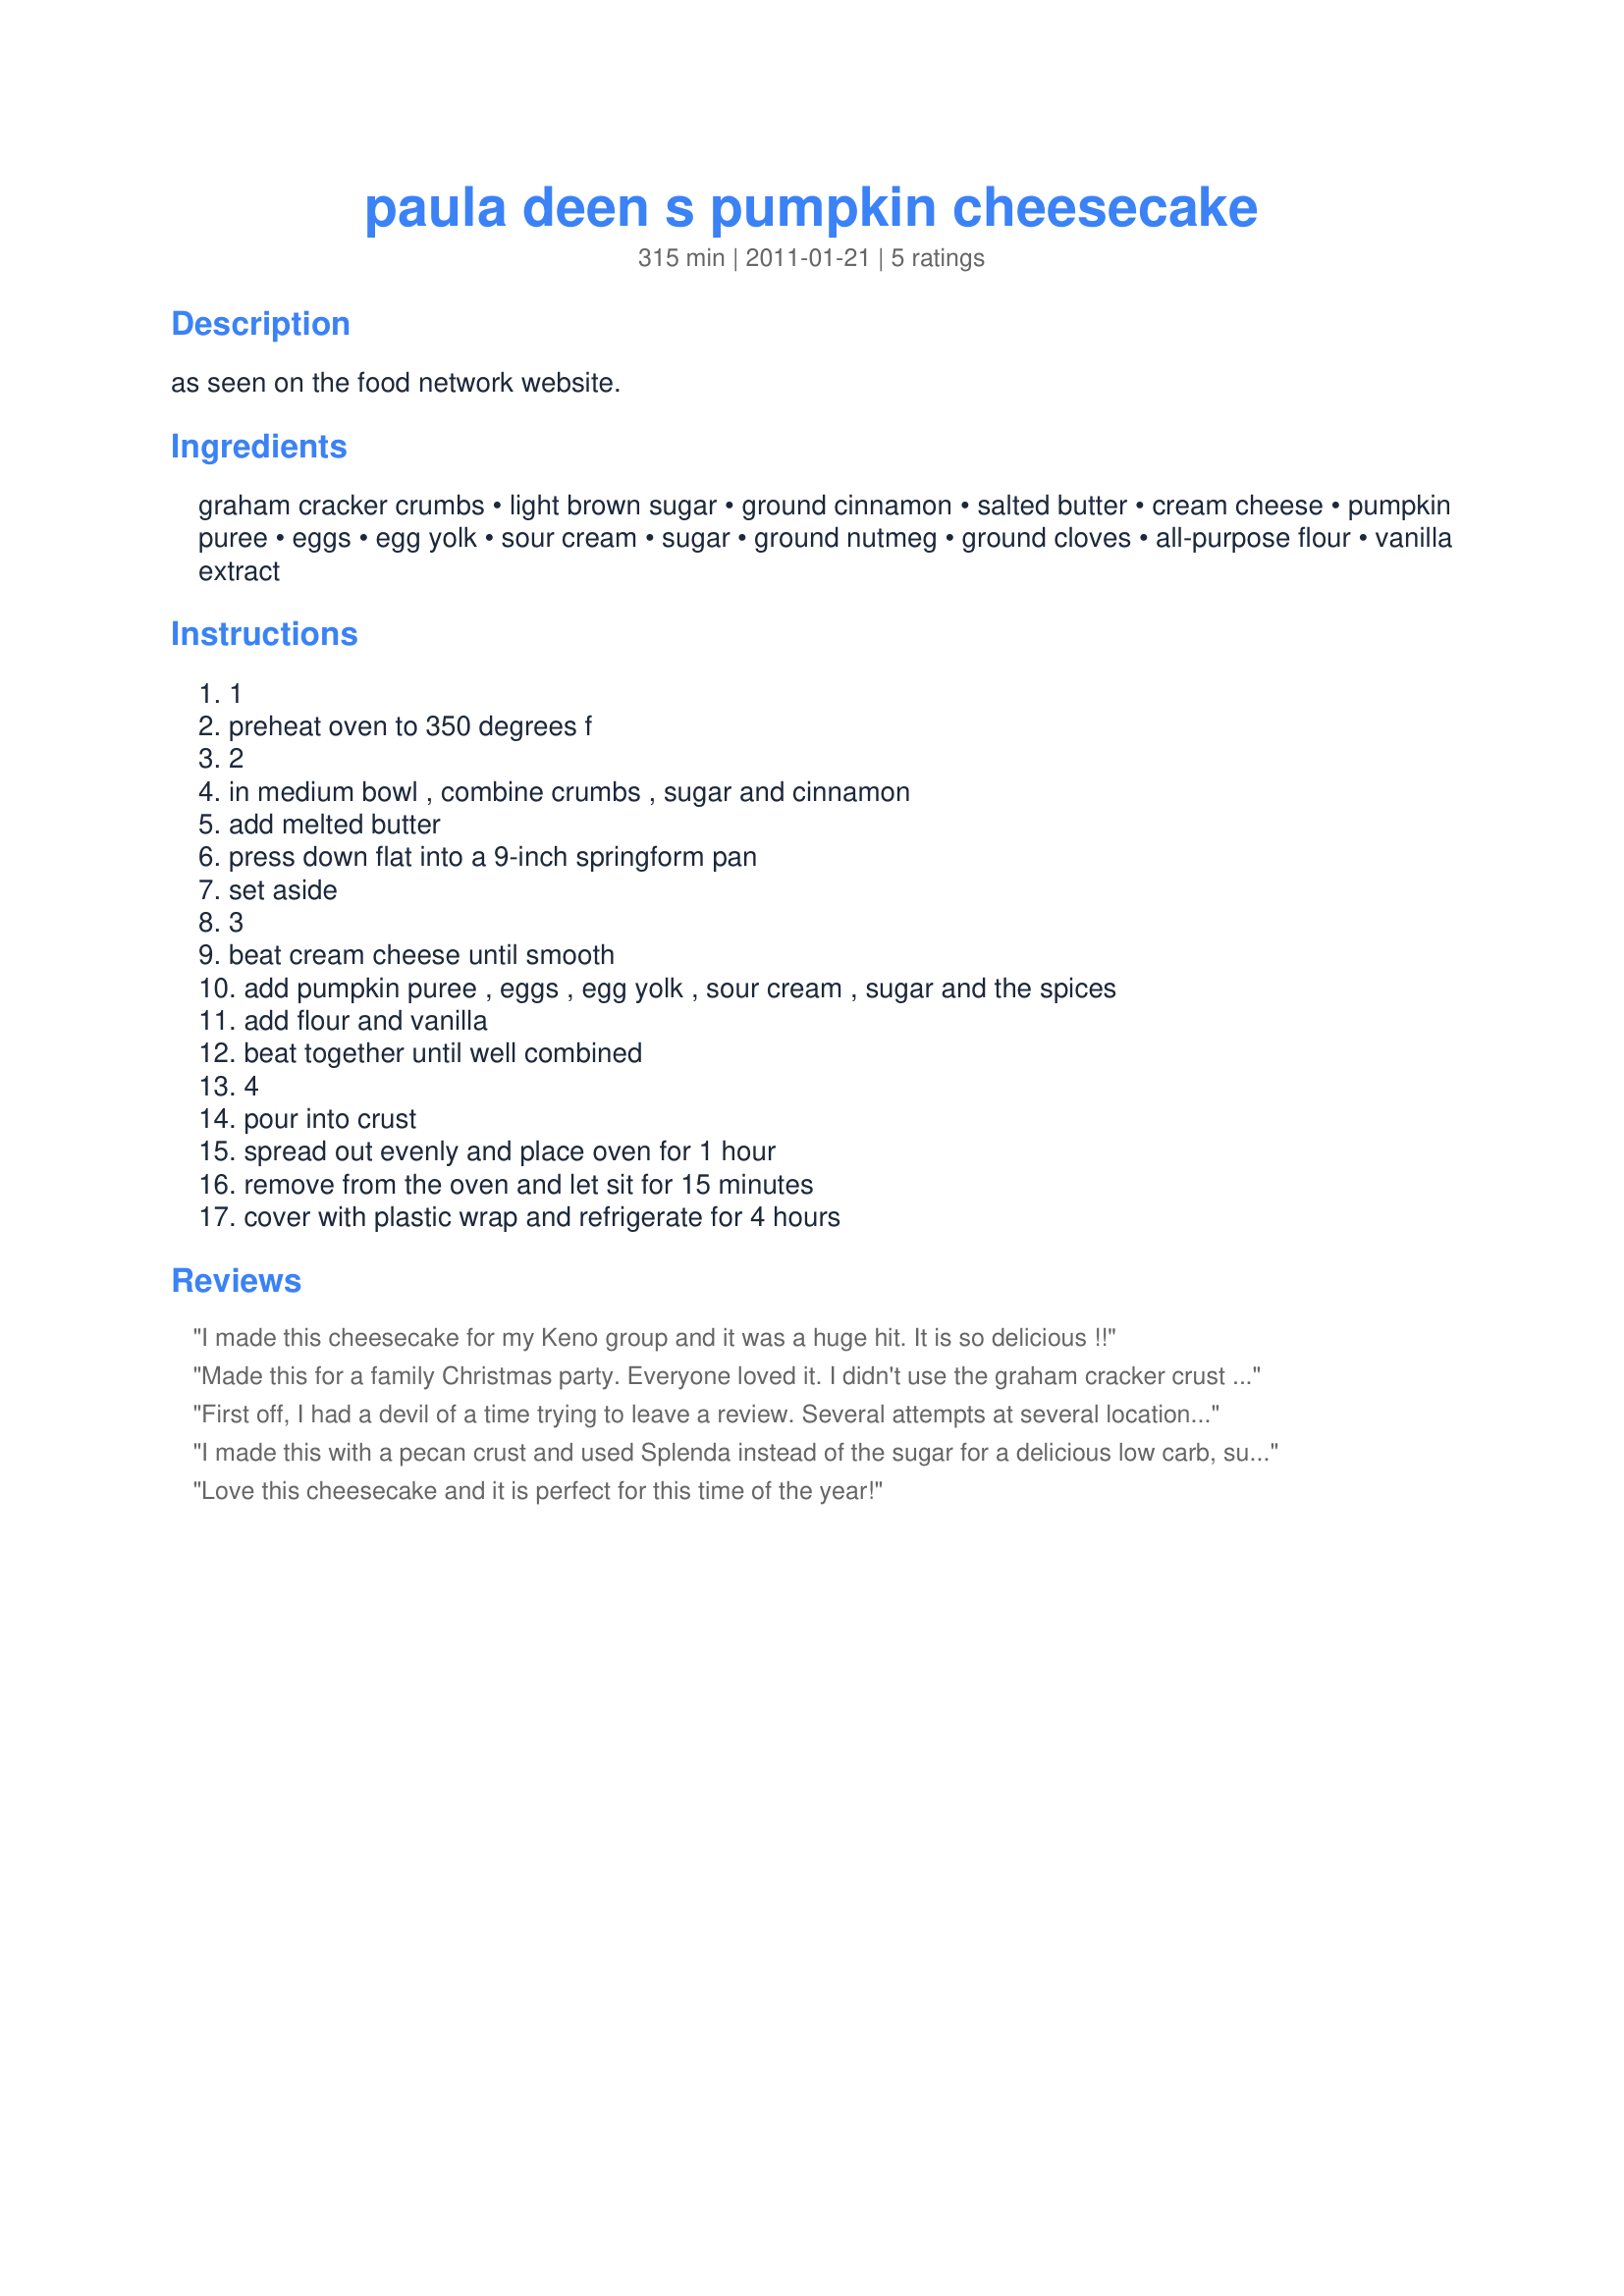
paula deen s pumpkin cheesecake
Preparation time: 315 minutes

as seen on the food network website.

Ingredients:
graham cracker crumbs, light brown sugar, ground cinnamon, salted butter, cream cheese, pumpkin puree, eggs, egg yolk, sour cream, sugar, ground nutmeg, ground cloves, all-purpose flour, vanilla extract

Steps:
1, preheat oven to 350 degrees f, 2, in medium bowl , combine crumbs , sugar and cinnamon, add melted butter, press down flat into a 9-inch springform pan, set aside, 3, beat cream cheese until smooth, add pumpkin puree , eggs , egg yolk , sour cream , sugar and the spices, add flour and vanilla, beat together until well combined, 4, pour into crust, spread out evenly and place oven for 1 hour, remove from the oven and let sit for 15 minutes, cover with plastic wrap and refrigerate for 4 hours

Reviews:
I made this cheesecake for my Keno group and it was a huge hit. It is so delicious !!
Made this for a family Christmas party. Everyone loved it. I didn't use the graham cracker crust I used Carla Halls easy pie crust recipe and it all turned out great
First off, I had a devil of a time trying to leave a review. Several attempts at several locations, but I'm here and I really wanted to review this recipe. I made it to the recipe, except I added 1/4 tsp. pumpkin pie seasoning, and used a water bath while baking. I did have to cook it for 1 hr and 20 minutes. It was done perfectly, and it was a hit with our Thanksgiving crowd. Cheesecakes aren't the easiest to get done right. As a rule, when it's just soft near the middle, it's done!
I made this with a pecan crust and used Splenda instead of the sugar for a delicious low carb, sugar free version!
Love this cheesecake and it is perfect for this time of the year!
